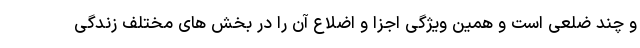
و چند ضلعی است و همین ویژگی اجزا و اضلاع آن را در بخش های مختلف زندگی